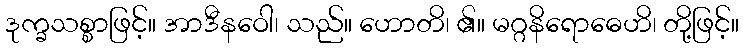
ဒုက္ခသစ္စာဖြင့်။ အာဒီနဝေါ၊ သည်။ ဟောတိ၊ ၏။ မဂ္ဂနိရောဓေဟိ၊ တို့ဖြင့်။